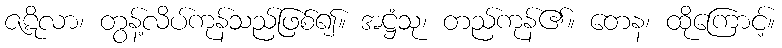
ဇဋိလာ၊ တွန့်လိပ်ကုန်သည်ဖြစ်၍။ အဋ္ဌံသု၊ တည်ကုန်၏။ တေန၊ ထိုကြောင့်။